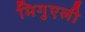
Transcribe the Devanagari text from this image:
मिगुएली